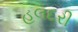
હલદરી